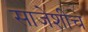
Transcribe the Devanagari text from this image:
साजेशीच